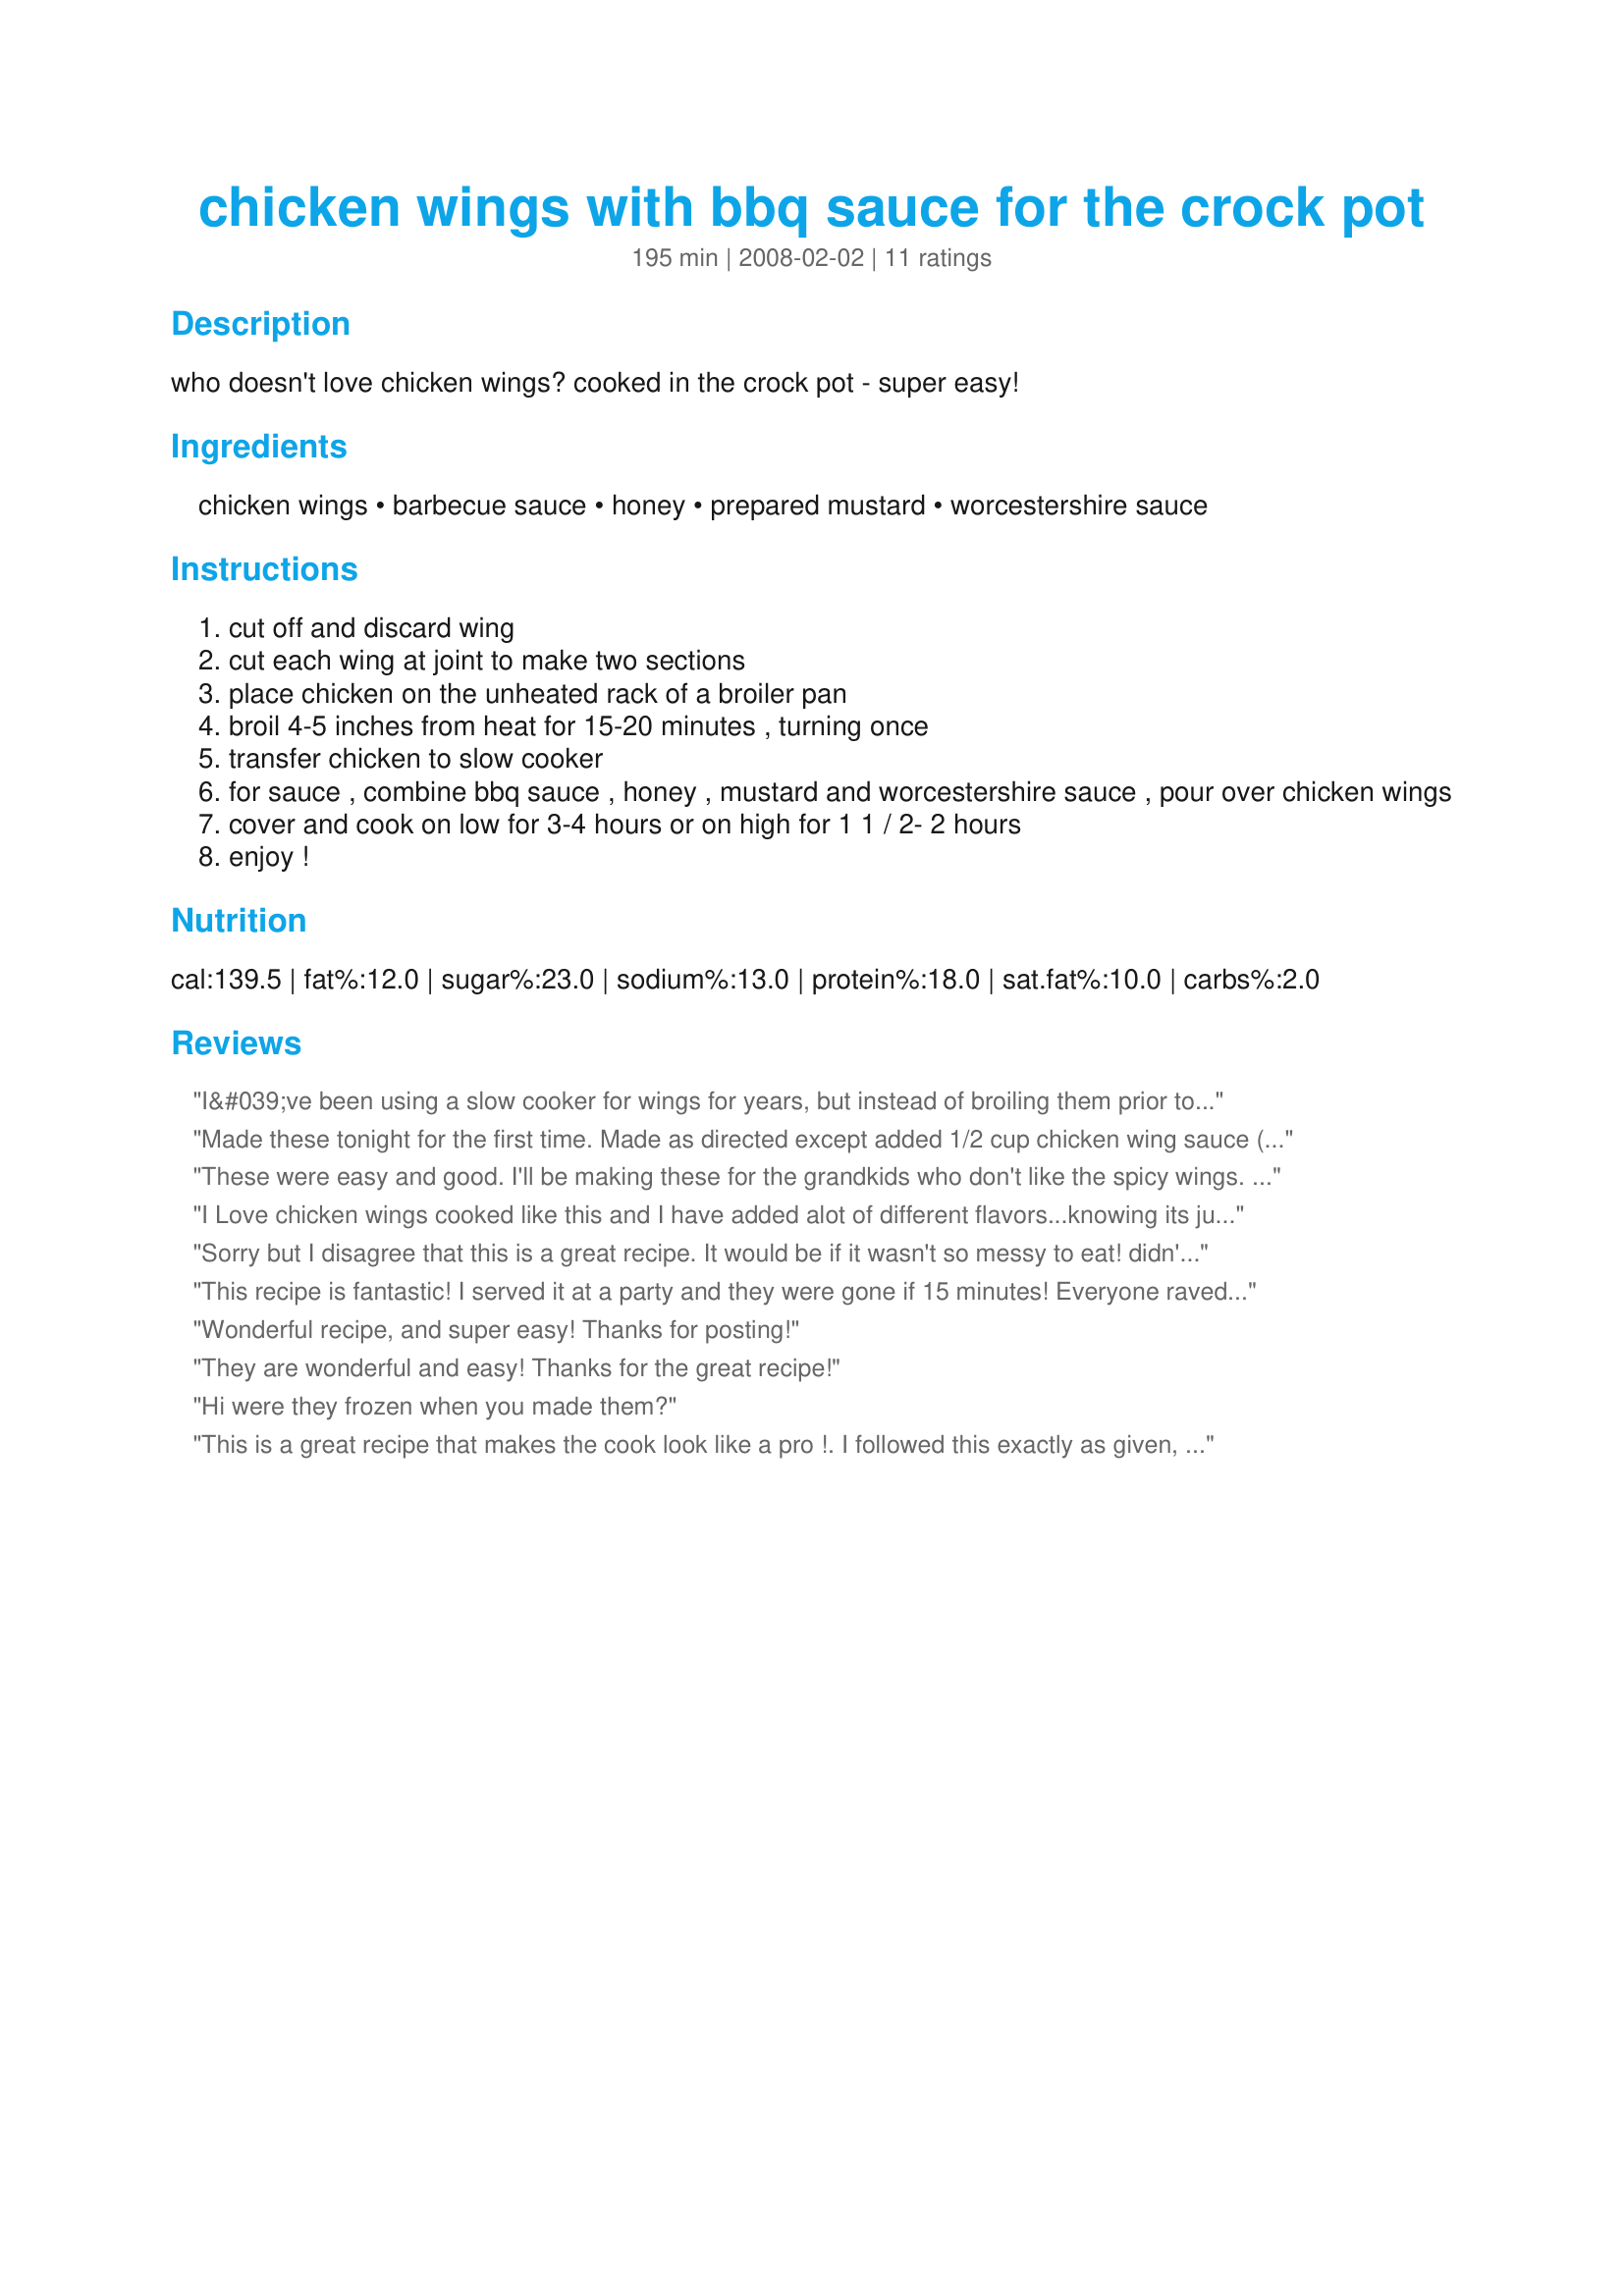
chicken wings with bbq sauce for the crock pot
Preparation time: 195 minutes

who doesn't love chicken wings? cooked in the crock pot - super easy!

Ingredients:
chicken wings, barbecue sauce, honey, prepared mustard, worcestershire sauce

Steps:
cut off and discard wing
cut each wing at joint to make two sections
place chicken on the unheated rack of a broiler pan
broil 4-5 inches from heat for 15-20 minutes , turning once
transfer chicken to slow cooker
for sauce , combine bbq sauce , honey , mustard and worcestershire sauce , pour over chicken wings
cover and cook on low for 3-4 hours or on high for 1 1 / 2- 2 hours
enjoy !

Reviews:
I&#039;ve been using a slow cooker for wings for years, but instead of broiling them prior to dumping them in, I use a fryer set @ 375 degrees to crisp the raw wings for 2-3 minutes. My family loves sweet &#039;n spicy BBQ wings so much I usually make 5lbs at a time. I also don&#039;t throw away the wing tips, I use them to simmer fresh chicken stock.
Made these tonight for the first time. Made as directed except added 1/2 cup chicken wing sauce (I&#039;ve been trying to get rid of the stuff and it&#039;s too salty on its own, but did add a nice bite to the wings). Nice and easy to make. I had everything on hand and it was quick to put together. I will definitely make these again. Thanks for sharing.
These were easy and good. I'll be making these for the grandkids who don't like the spicy wings. Thanks Shannon. Made for Photo Tag.
I Love chicken wings cooked like this and I have added alot of different flavors...knowing its just gonna be me...I spice them up real good.....Thanks for your recipe...I am gonna have to try that&lt;br/&gt;this week!!
Sorry but I disagree that this is a great recipe. It would be if it wasn't so messy to eat! didn't work to take it to a potluck as no one wanted to eat it because it was so messy.
This recipe is fantastic! I served it at a party and they were gone if 15 minutes! Everyone raved about them.
Wonderful recipe, and super easy! Thanks for posting!
They are wonderful and easy! Thanks for the great recipe!
Hi were they frozen when you made them?
This is a great recipe that makes the cook look like a pro !. I followed this exactly as given, but I used fresh chicken wings, and didn't clip any tips off. Nor did I separate wing sections. This is the second time I've used this recipe, and you can vary it by using different barbecue sauce types. I used a smokey one this time. <br/>It's so good, I think it could adapt to drumsticks. Or cut-up fryers. <br/>The secret is the broiler time. That browning makes all the difference.
this is a great recipe . My family ate it up. Going to fix it again
